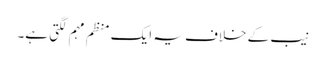
نیب کے خلاف یہ ایک منظم مہم لگتی ہے۔